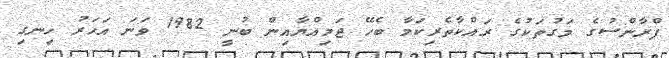
ފްރާންސުގެ މަގުތަކުގެ ރައްކާތެރިކަމާ ބެހޭ ޖަމިއްޔާއިން ބުނީ 1982 ވަނަ އަހަރު ހިނގި